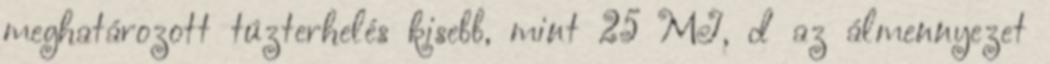
meghatározott tûzterhelés kisebb, mint 25 MJ, d az álmennyezet